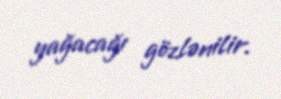
yağacağı gözlənilir.